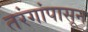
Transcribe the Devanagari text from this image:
तरंगांपासून